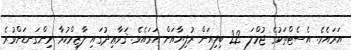
އަރައެވެ. އެސެޓްތަކުގެ ޖުމްލަ 22 ބިލިއަން ރުފިޔާއަށް އަރައެވެ. ޤަވާޢިދުގައި ލާޒިމްކުރާ މިންގަނޑަށްވުރެ